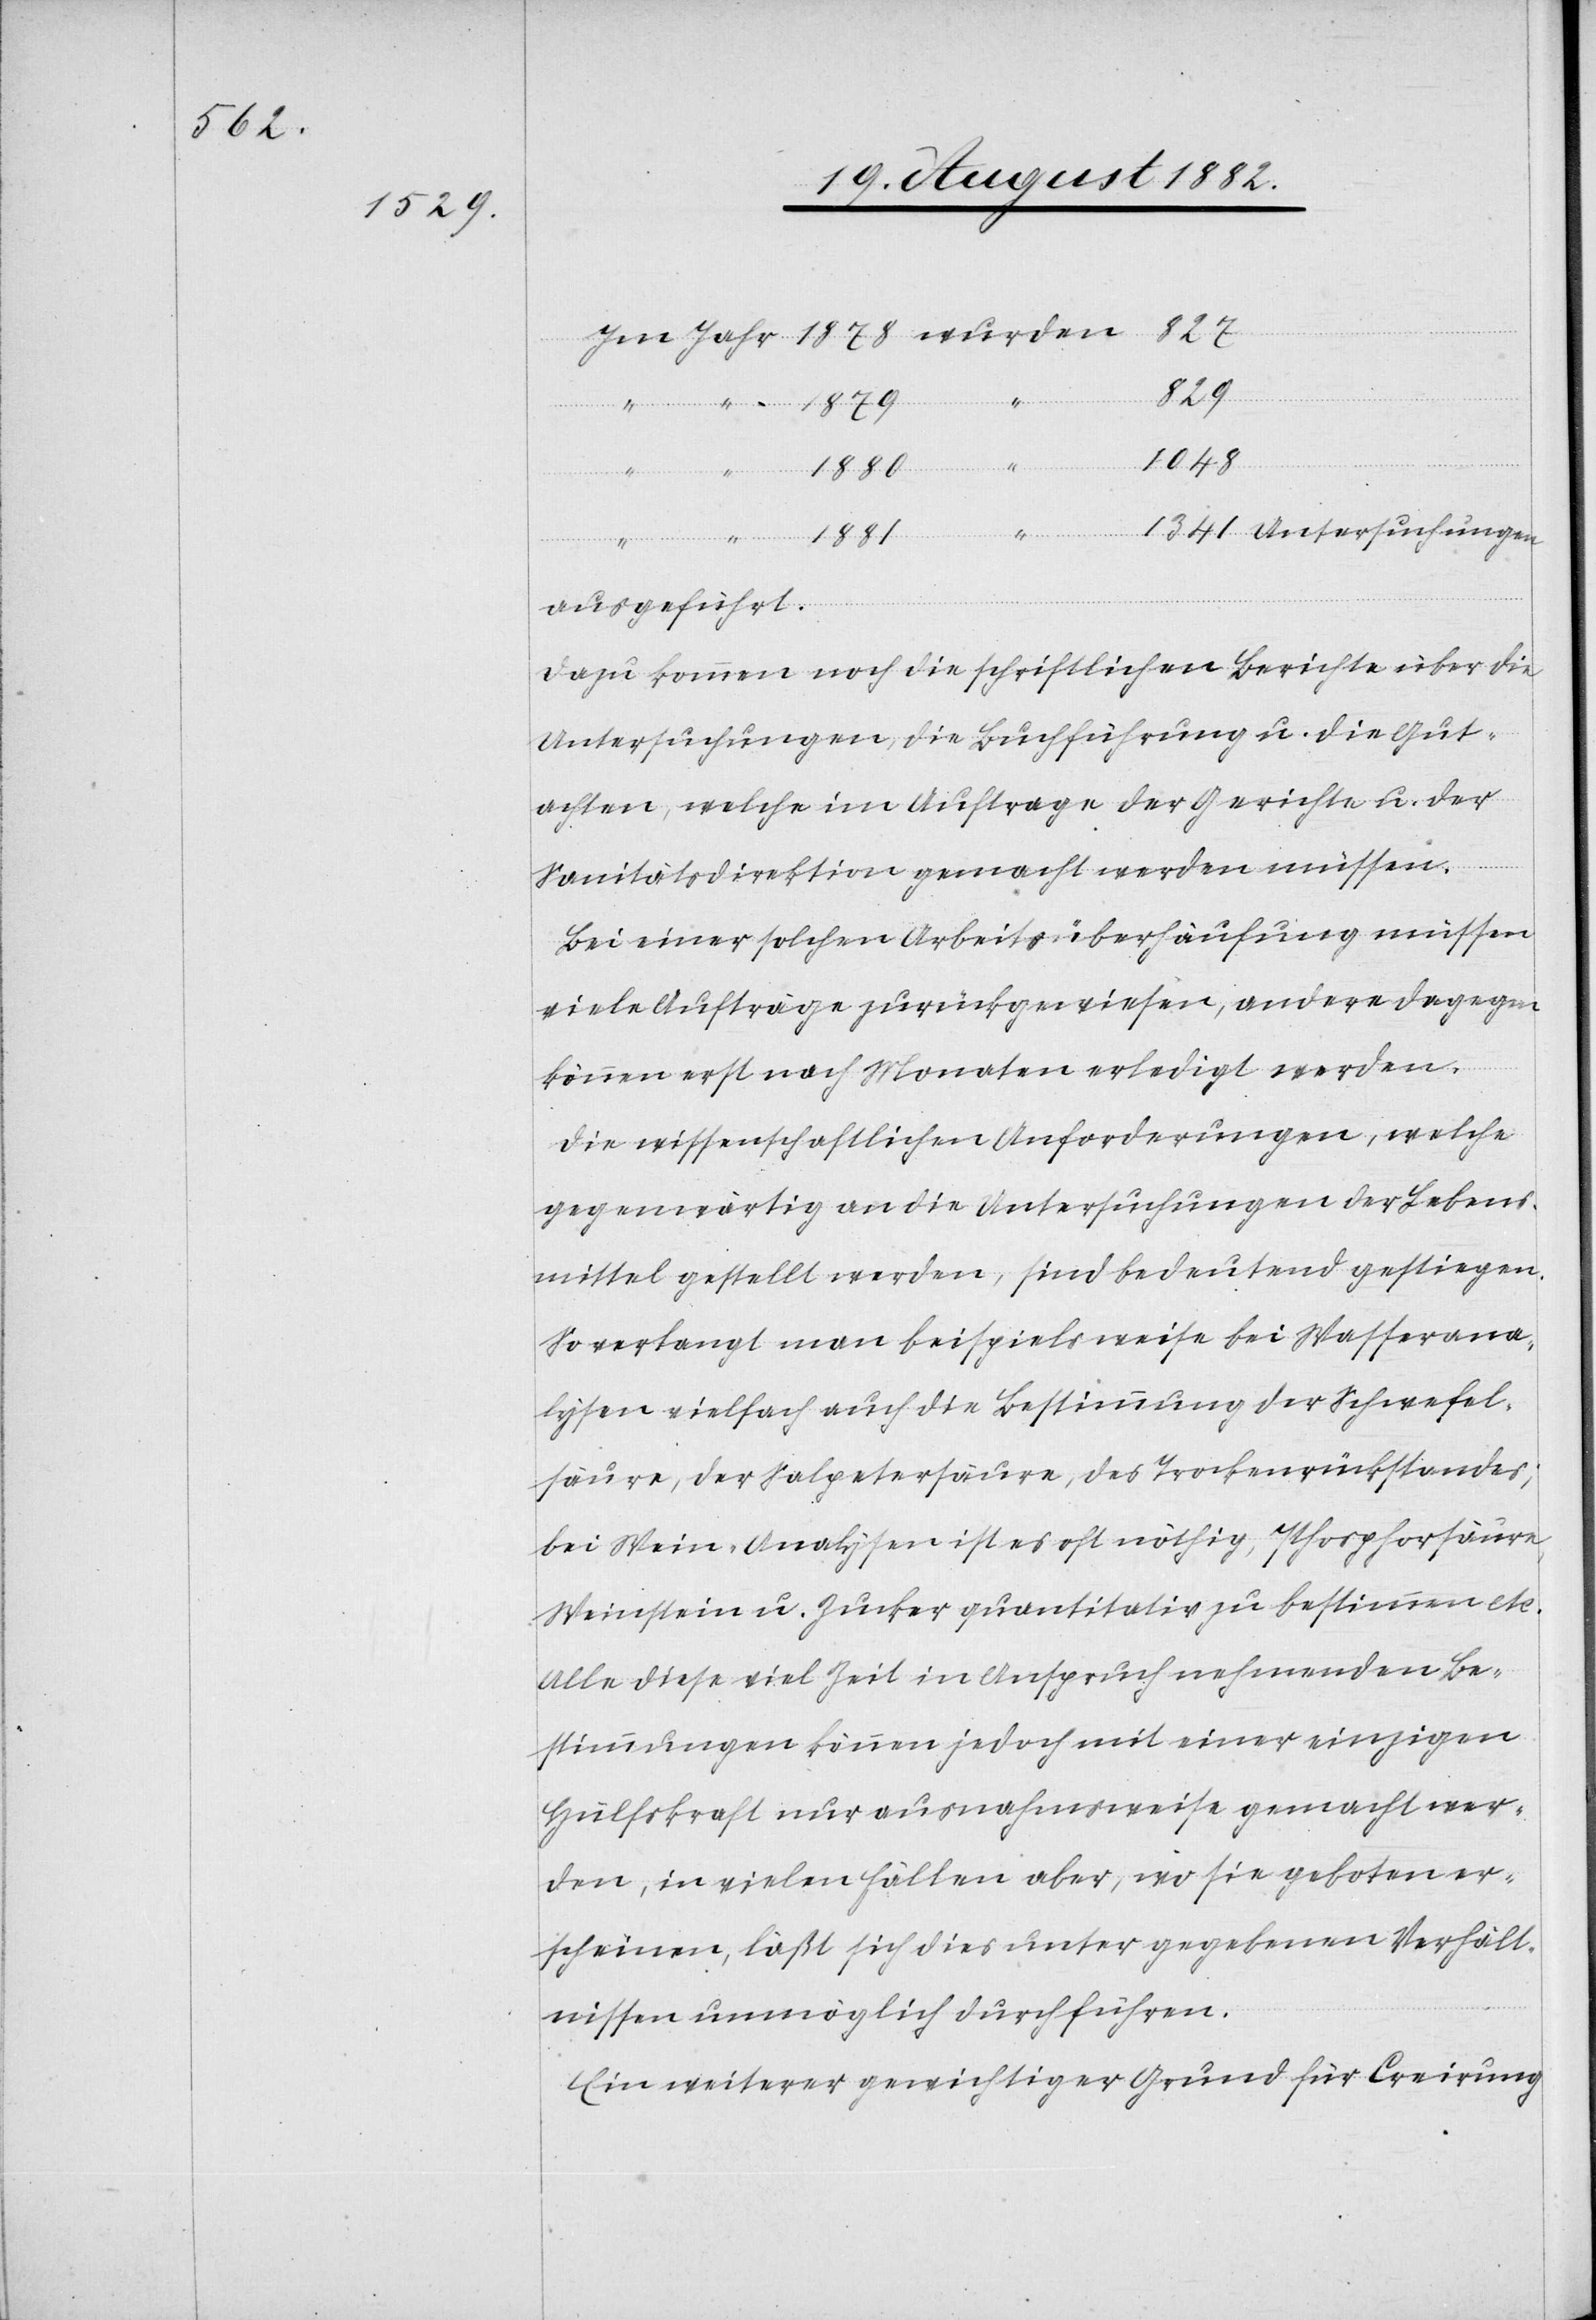
829
1048
Untersuchungen
1341
ausgeführt.
Dazu kommen noch die schriftlichen Berichte über die
Untersuchungen, die Buchführung u. die Gut¬
achten, welche im Auftrage der Gerichte u. der
Sanitätsdirektion gemacht werden müssen.
Bei einer solchen Arbeitsüberhäufung müssen
viele Aufträge zurückgewiesen, andere dagegen
können erst nach Monaten erledigt werden.
Die wissenschaftlichen Anforderungen, welche
gegenwärtig an die Untersuchungen der Lebens¬
mittel gestellt werden, sind bedeutend gestiegen.
So verlangt man beispielsweise bei Wasserana¬
lysen vielfach auch die Bestimmung der Schwefel¬
säure, der Salpetersäure, des Trockenrückstandes;
bei Wein-Analysen ist es oft nöthig, Phosphorsäure,
Weinstein u. Zucker quantitativ zu bestimmen etc.
Alle diese viel Zeit in Anspruch nehmenden Be¬
stimmungen können jedoch mit einer einzigen
Hülfskraft nur ausnahmsweise gemacht wer¬
den, in vielen Fällen aber, wo sie geboten er¬
scheinen, läßt sich dies unter gegebenen Verhält¬
nissen unmöglich durchführen.
Ein weiterer gewichtiger Grund für Creirung